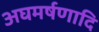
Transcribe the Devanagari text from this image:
अघमर्षणादि